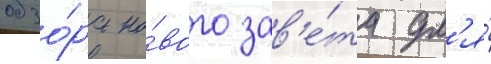
обзо́ра но́вого зав'е́та дл'я́